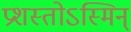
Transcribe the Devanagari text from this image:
प्रशस्तोऽस्मिन्